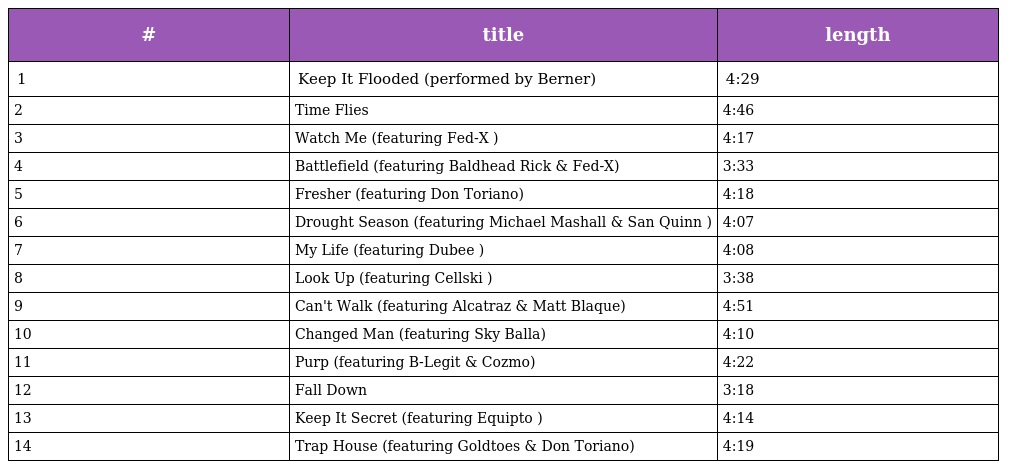
| # | title | length |
 | --- | --- | --- |
 | 1 | Keep It Flooded (performed by Berner) | 4:29 |
 | 2 | Time Flies | 4:46 |
 | 3 | Watch Me (featuring Fed-X ) | 4:17 |
 | 4 | Battlefield (featuring Baldhead Rick & Fed-X) | 3:33 |
 | 5 | Fresher (featuring Don Toriano) | 4:18 |
 | 6 | Drought Season (featuring Michael Mashall & San Quinn ) | 4:07 |
 | 7 | My Life (featuring Dubee ) | 4:08 |
 | 8 | Look Up (featuring Cellski ) | 3:38 |
 | 9 | Can't Walk (featuring Alcatraz & Matt Blaque) | 4:51 |
 | 10 | Changed Man (featuring Sky Balla) | 4:10 |
 | 11 | Purp (featuring B-Legit & Cozmo) | 4:22 |
 | 12 | Fall Down | 3:18 |
 | 13 | Keep It Secret (featuring Equipto ) | 4:14 |
 | 14 | Trap House (featuring Goldtoes & Don Toriano) | 4:19 |